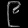
Digit: ၉